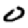
Digit: 0